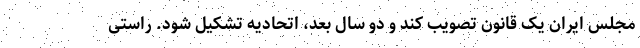
مجلس ایران یک قانون تصویب کند و دو سال بعد، اتحادیه تشکیل شود. راستی